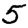
Digit: 5